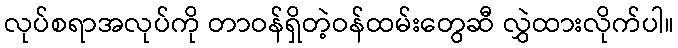
လုပ်စရာအလုပ်ကို တာဝန်ရှိတဲ့ဝန်ထမ်းတွေဆီ လွှဲထားလိုက်ပါ။